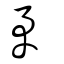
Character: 矛